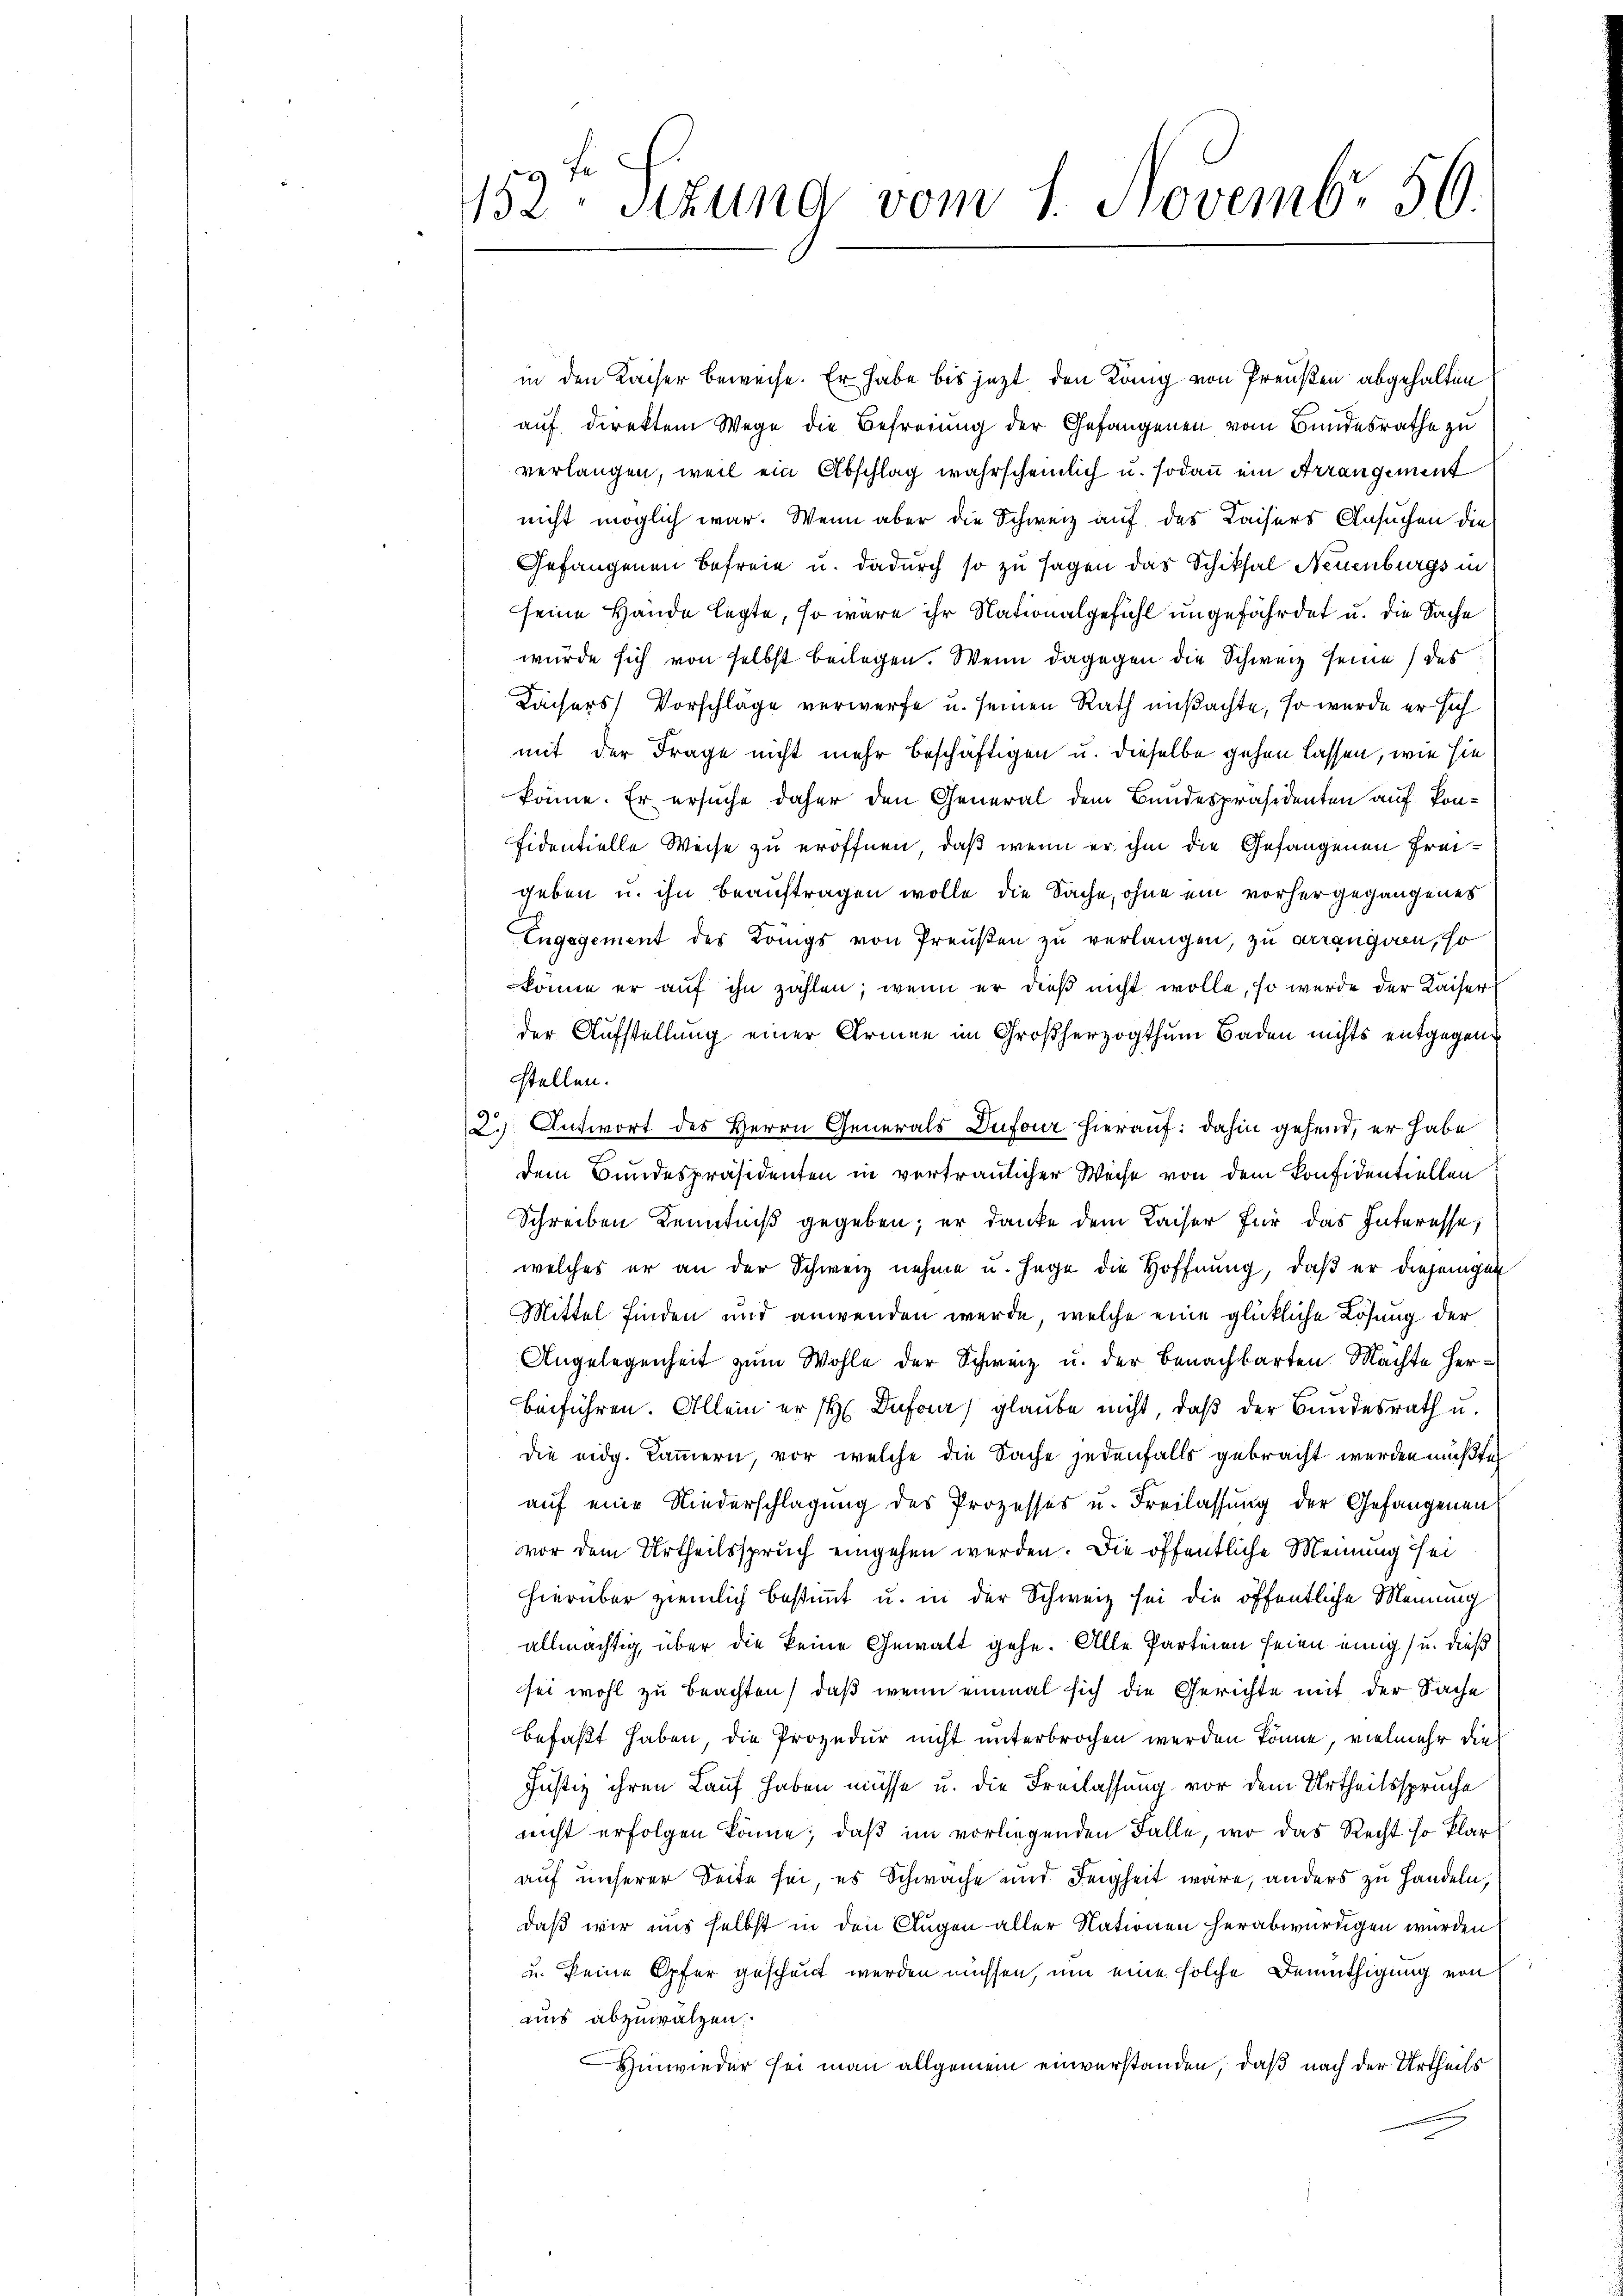
fe
152. Sitzung vom 1. Novembr. 156.

in den Kaiser beweise. Er habe bis jetzt den Köng von Preußen abgehalten
auf direktem Wege die Befreiung der Gefangenen vom Bundesrathe zu
verlangen, weil ein Abschlag wahrscheinlich u. sodann ein Arrangement
nicht möglich war. Wenn aber die Schweiz auf des Kaisers Ansuchen de
Gefangenen Befreie u. dadurch so zu sagen das Schiksal Neuenburgs in
seine Hände legte, so wäre ihr Nationalgefühl ungefährdet u. die Sachwürde sich von selbst beilagen. Wenn dagegen die Schweiz seine das
Kaisers Vorschläge verwerfe u. seinen Rath ansachte, so wurde er hie
mit der Frage nicht mehr beschäftigen u. dieselbe gehen lassen, wie si
könne. Er ersuche daher den General dem Bundespräsidenten auf Ponfidentielle Weise zu eröffnen, daß wenn er ihm die Gefangenen Freigeben u. ihn beauftragen wolle die Sache, ohne ein vorhergegangenes
Engagement des Königs von Preußen zu verlangen, zu arrangiren, so
könne er auf ihn zahlen; wenn er dieß nicht wolle, so wurde der Kaiser
der Aufstellung einer Armee im Großherzogthum Baden nichts entgegen.
stellen.
3.) Antwort des Herrn Generals Dufour hierauf: dahin gehend, er habe
dem Bundespräsidenten in vertraulicher Weise von dem Konfidentiellen
Schreiben Kenntniß gegeben; er danke dem Kaiser für das Interesse,
welches er an der Schweiz nehme u. Hage die Hoffnung, daß er diejenigen
Mittel finden und anwenden werde, welche eine glückliche Lösung der
Angelegenheit zum Wohle der Schweiz u. der Benachbarten Machte Herbeiführen. Allein er H Dufon, glaube nicht, daß der Bundesrath u.
die eidg. Kammern, vor, welche die Sache jedenfalls gebracht werden müßte,
auf eine Niederschlagung des Prozesses u. Freilassung der Gefangenen
vor dem Urtheilsspruch eingehen werden. Die öffentliche Meinung sei
hierüber ziemlich bestimmt u. in der Schweiz sei die öffentliche Meinung
allmächtig, über die keine Gewalt gehe. Alle Parteien seien einig u. dieß
sei wohl zu beachten, daß wenn einmal sich die Gerichte mit der Sache
befaßt haben, die Prozedur nicht unterbrochen werden könne, vielmehr die
Justiz ihren Lauf haben müsse u. die Freilassung vor dem Urtheilsspruche
reicht erfolgen könne; daß im vorliegenden Falle, wo das Recht so klar
auf unserer Seite sei, es Schwache und Feigheit wäre, anders zu Handeln,
daß wir uns selbst in den Augen aller Nationen herabwürdigen wurden
u. keine Opfer geschaut werden müssen, um eine solche Bemüthigung von
aus abzuwälzen.
Hinwieder sei man allgemein einverstanden, daß nach der Urtheils